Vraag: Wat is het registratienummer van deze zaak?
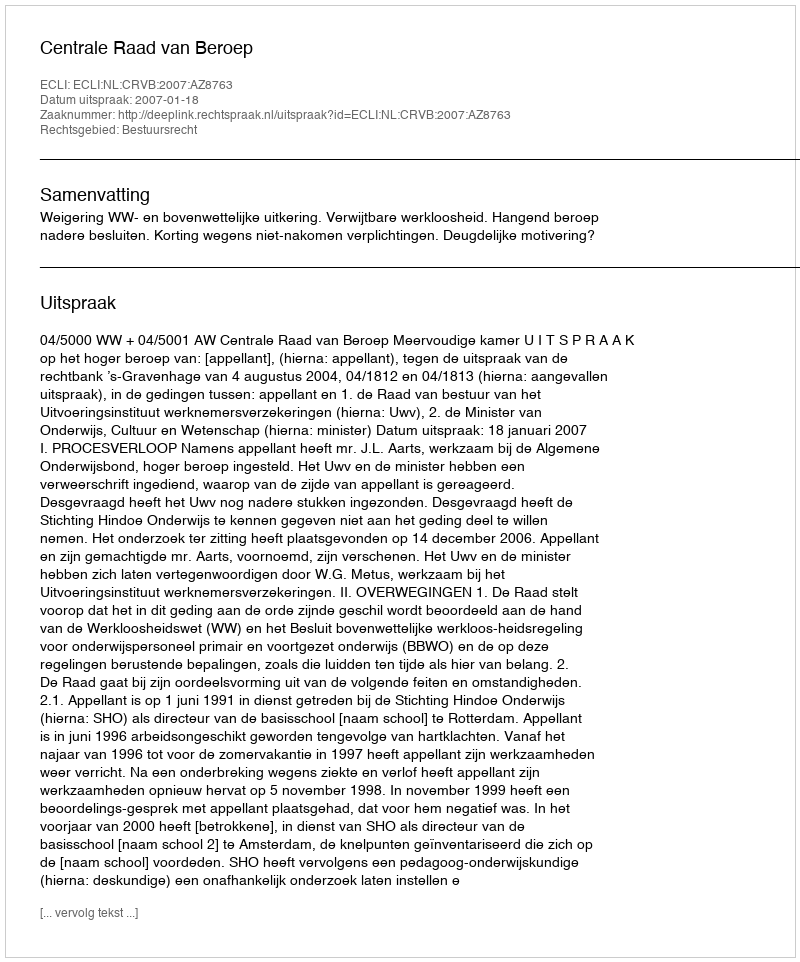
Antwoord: http://deeplink.rechtspraak.nl/uitspraak?id=ECLI:NL:CRVB:2007:AZ8763